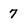
Character: 7